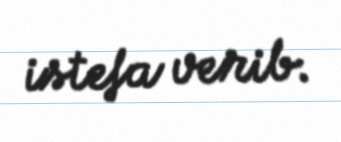
istefa verib.